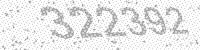
Solution: 322392